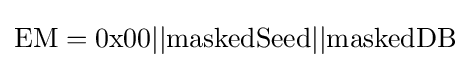
\mathrm {EM} =\mathrm {0x00} ||\mathrm {maskedSeed} ||\mathrm {maskedDB}